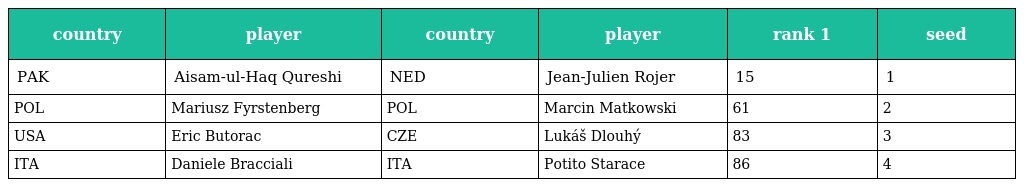
| country | player | country | player | rank 1 | seed |
 | --- | --- | --- | --- | --- | --- |
 | PAK | Aisam-ul-Haq Qureshi | NED | Jean-Julien Rojer | 15 | 1 |
 | POL | Mariusz Fyrstenberg | POL | Marcin Matkowski | 61 | 2 |
 | USA | Eric Butorac | CZE | Lukáš Dlouhý | 83 | 3 |
 | ITA | Daniele Bracciali | ITA | Potito Starace | 86 | 4 |